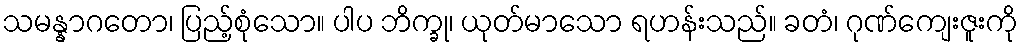
သမန္နာဂတော၊ ပြည့်စုံသော။ ပါပ ဘိက္ခု၊ ယုတ်မာသော ရဟန်းသည်။ ခတံ၊ ဂုဏ်ကျေးဇူးကို